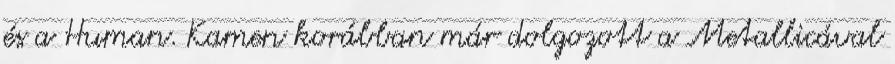
és a Human. Kamen korábban már dolgozott a Metallicával